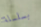
بسلسلة